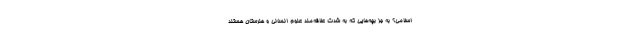
اسلامی؟ به جز بچه‌هایی که به شدت علاقه‌مند علوم انسانی و هنرستان هستند